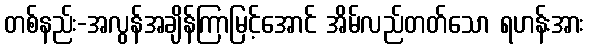
တစ်နည်း-အလွန်အချိန်ကြာမြင့်အောင် အိမ်လည်တတ်သော ရဟန်းအား